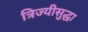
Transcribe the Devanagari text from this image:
त्रिज्यीसुद्धा